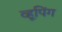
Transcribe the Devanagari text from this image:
व्हूपिंग